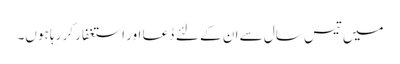
میں تیس سال سے ان کے لئے دُعا اور استغفار کر رہا ہوں۔